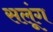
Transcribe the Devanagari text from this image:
सलूंग